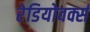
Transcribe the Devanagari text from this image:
रेडियोवर्क्स